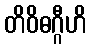
တိဝိဓဂ္ဂီဟိ